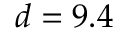
d = 9 . 4